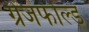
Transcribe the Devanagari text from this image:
ग्रेंजफील्ड